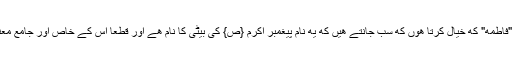
من جمله نام "فاطمه" که خیال کرتا ھوں که سب جانتے ھیں که یه نام پیغمبر اکرم {ص} کی بیٹی کا نام ھے اور قطعاً اس کے خاص اور جامع معنی ھوں گے۔